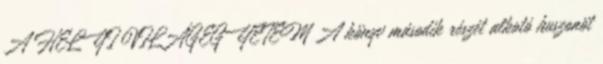
A HELYI VILÁGEGYETEM A könyv második részét alkotó huszonöt